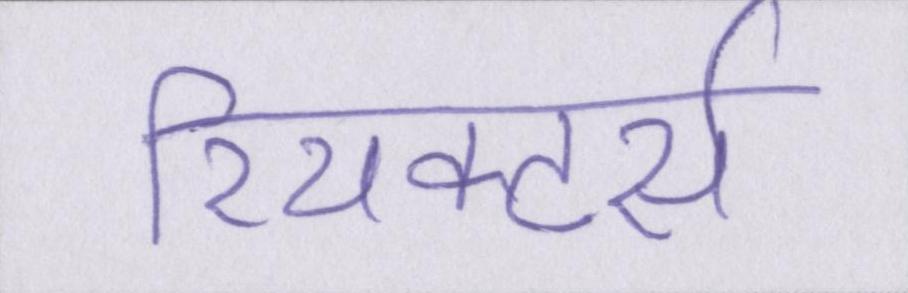
रियक्टर्स